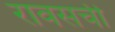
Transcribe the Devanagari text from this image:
रावसची